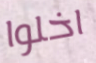
اخلوا